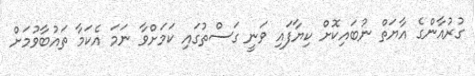
ގުރުއާންގެ އާޔަތް ނުބައިކޮށް ކިޔާފައި ވަނީ ގަސްތުގައި ކަމަށްވާ ނަމަ އެކަމާ ތައުބާވުމަށް